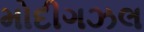
મોદીગઝલ